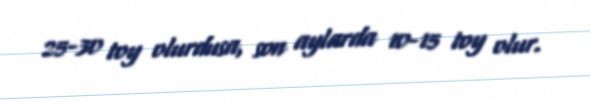
25-30 toy olurdusa, son aylarda 10-15 toy olur.